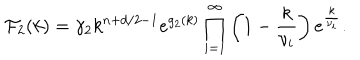
LaTeX: { \cal F } _ { 2 } ( k ) = \gamma _ { 2 } k ^ { n + d / 2 - 1 } e ^ { g _ { 2 } ( k ) } \prod _ { i = 1 } ^ { \infty } \left( 1 - { \frac { k } { \nu _ { i } } } \right) e ^ { \frac { k } { \nu _ { i } } } .